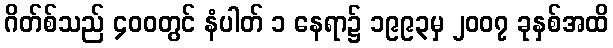
ဂိတ်စ်သည် ၄၀၀တွင် နံပါတ် ၁ နေရာ၌ ၁၉၉၃မှ ၂၀၀၇ ခုနှစ်အထိ